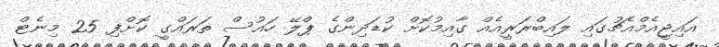
އައިޖީއެމްއެޗުގައި ލައިބްރަރީއެއް ގާއިމުކޮށް ކުޑަދިންގެ ޕްލޭ ހައުސް ތަރައްގީ ކޮށްފި 25 މިނެޓް